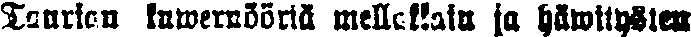
Taurian kuwernööriä mellakkain ja häwitysten